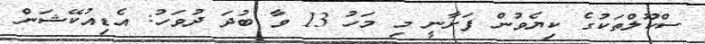
ސްކޫލްތަކުގެ ކިޔެވުން ފަށާނީ މި މަހު 13 ވާ ބުދަ ދުވަހު: އެޑިއުކޭޝަން